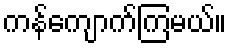
ကန်ကျောက်ကြမယ်။